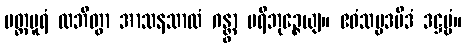
ပတ္တပူရံ လဘိတွာ အာသနသာလံ ဂန္တွာ ပရိဘုဉ္ဇေယျ။ ဧဝံသမ္ပဒမိဒံ ဒဋ္ဌဗ္ဗံ။